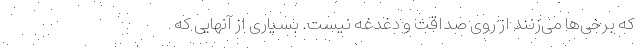
که برخی‌ها می‌زنند از روی صداقت و دغدغه نیست. بسیاری از آنهایی که